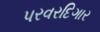
પરવરદિગાર